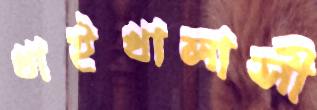
খাইখালাসী